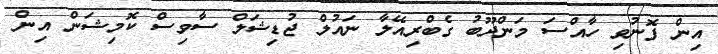
އިން ފޮނުވި ހާއްސަ މަންދޫބު ގެބްރިއޭލާ ނައުލް ޖުޑިޝަލް ސާވިސް ކޮމިޝަން އިން